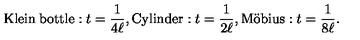
\mathrm { K l e i n \: b o t t l e } : t = \frac { 1 } { 4 \ell } , \mathrm { C y l i n d e r } : t = \frac { 1 } { 2 \ell } , \mathrm { M \ddot { o } b i u s } : t = \frac { 1 } { 8 \ell } .